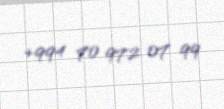
+994 70 972 07 99